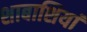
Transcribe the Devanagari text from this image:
शाबाशियां